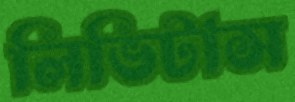
লিভিটাস